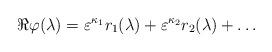
LaTeX: \begin{align*}\Re \varphi(\lambda) = \varepsilon^{\kappa_1} r_1(\lambda) +\varepsilon^{\kappa_2} r_2(\lambda) + \ldots\end{align*}